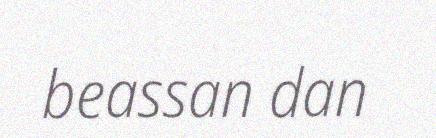
beassan dan